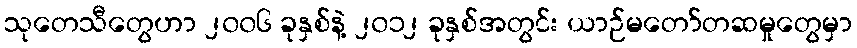
သုတေသီတွေဟာ ၂၀၀၆ ခုနှစ်နဲ့ ၂၀၁၂ ခုနှစ်အတွင်း ယာဉ်မတော်တဆမှုတွေမှာ